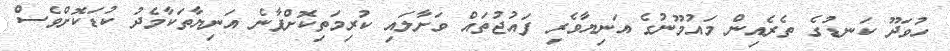
ހުވަދޫ ކަނޑުގެ ތެރެއިން މައުމޫނުގެ އަނިޔާވެރި ފައުޖުތައް ވަށާލައި ކުރިމަތިކޮށްފާނެ އަނިޔާތަކާމެދު ކުޑަކޮށްވެސް